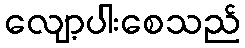
လျော့ပါးစေသည်